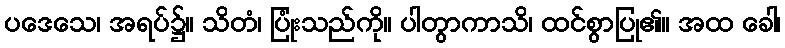
ပဒေသေ၊ အရပ်၌။ သိတံ၊ ပြုံးသည်ကို။ ပါတွာကာသိ၊ ထင်စွာပြု၏။ အထ ခေါ၊